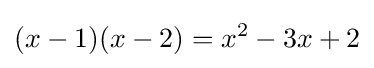
(x-1)(x-2)=x^{2}-3x+2